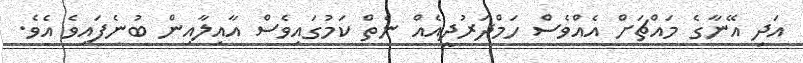
އަދި އޭނާގެ މައްޗަށް އެއްވެސް ހަމްދަރުދީއެއް ނެތް ކަމުގައިވެސް އާއިލާއިން ބުނެފައިވެ އެވެ.